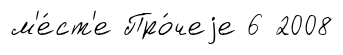
м'е́ст'е Про́чеjе 6 2008